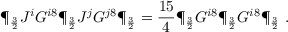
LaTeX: \P _ { \frac { 3 } { 2 } } J ^ { i } G ^ { i 8 } \P _ { \frac { 3 } { 2 } } J ^ { j } G ^ { j 8 } \P _ { \frac { 3 } { 2 } } = { \frac { 1 5 } { 4 } } \P _ { \frac { 3 } { 2 } } G ^ { i 8 } \P _ { \frac { 3 } { 2 } } G ^ { i 8 } \P _ { \frac { 3 } { 2 } } \ .